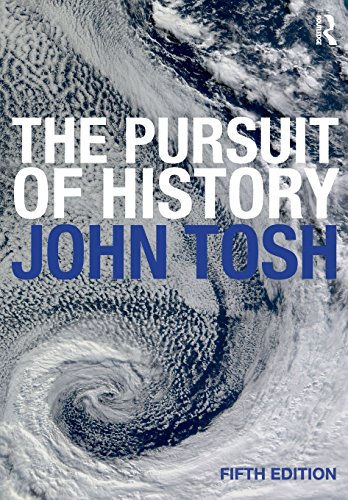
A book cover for The Pursuit of History; John Tosh; History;